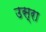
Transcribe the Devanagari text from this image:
उस्रा